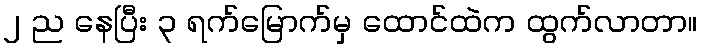
၂ ည နေပြီး ၃ ရက်မြောက်မှ ထောင်ထဲက ထွက်လာတာ။